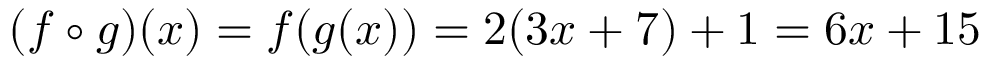
( f \circ g ) ( x ) = f ( g ( x ) ) = 2 ( 3 x + 7 ) + 1 = 6 x + 1 5